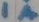
Text: 1A